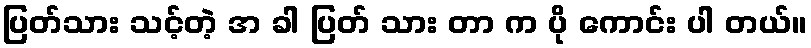
ပြတ်သား သင့်တဲ့ အ ခါ ပြတ် သား တာ က ပို ကောင်း ပါ တယ်။